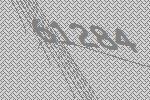
61284